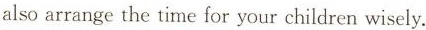
also arrange the time for your children wisely,